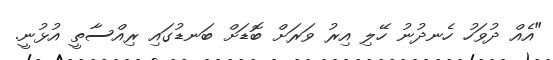
"އެއް ދުވަހު ހެނދުނު ހޭލި އިރު ވަރަށް ބޮޑަށް ބަނޑުގައި ރިއްސާތީ އުޅުނީ.